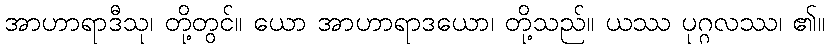
အာဟာရာဒီသု၊ တို့တွင်။ ယော အာဟာရာဒယော၊ တို့သည်။ ယဿ ပုဂ္ဂလဿ၊ ၏။